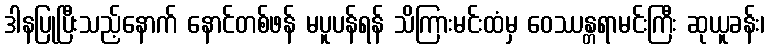
ဒါနပြုပြီးသည့်နောက် နောင်တစ်ဖန် မပူပန်ရန် သိကြားမင်းထံမှ ဝေဿန္တရာမင်းကြီး ဆုယူခန်း၊